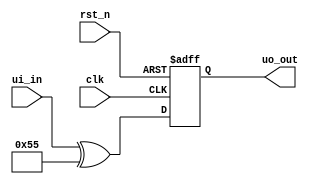
// SPDX-License-Identifier: Apache-2.0
// Copyright (C) 2024, Tiny Tapeout LTD

`default_nettype none

// This project XORs the input with 0x55 on each clock cycle

module tt_um_micro_proj2 (
`ifdef USE_POWER_PINS
    input  wire       VPWR,
    input  wire       VGND,
`endif
    input  wire [7:0] ui_in,   // Dedicated inputs
    output reg  [7:0] uo_out,  // Dedicated outputs
    input  wire       clk,     // clock
    input  wire       rst_n    // reset_n - low to reset
);

  always @(posedge clk or negedge rst_n) begin
`ifdef USE_POWER_PINS
    if (~VPWR | VGND) begin
      uo_out <= 8'h00;
    end else
`endif
    if (~rst_n) begin
      uo_out <= 8'h00;
    end else begin
      uo_out <= ui_in ^ 8'h55;
    end
  end

endmodule  // tt_um_micro_proj2